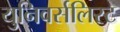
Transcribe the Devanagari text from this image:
युनिवर्सलिस्ट